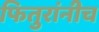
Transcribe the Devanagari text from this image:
फितुरांनीच